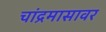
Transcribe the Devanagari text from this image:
चांद्रमासावर